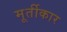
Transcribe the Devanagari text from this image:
मूर्तीकार